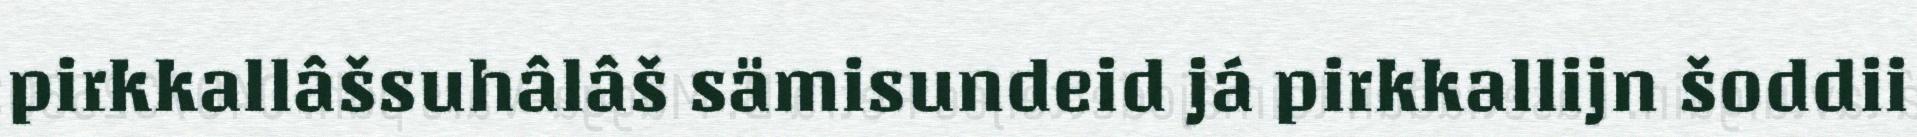
pirkkallâšsuhâlâš sämisundeid já pirkkallijn šoddii